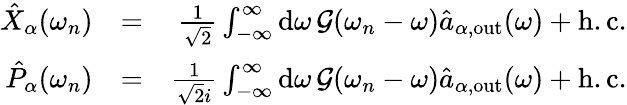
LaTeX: \begin{array}{rlr}{\hat{X}_{\alpha}(\omega_{n})}&{=}&{\frac{1}{\sqrt{2}}\int_{-\infty}^{\infty}\mathrm{d}\omega\, \mathcal{G}(\omega_{n}-\omega)\hat{a}_{\alpha,\mathrm{out}}(\omega)+\mathrm{h.c.}}\\ {\hat{P}_{\alpha}(\omega_{n})}&{=}&{\frac{1}{\sqrt{2}i}\int_{-\infty}^{\infty}\mathrm{d}\omega\, \mathcal{G}(\omega_{n}-\omega)\hat{a}_{\alpha,\mathrm{out}}(\omega)+\mathrm{h.c.}}\end{array}